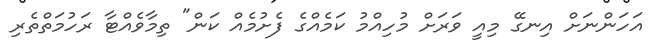
އަހަންނަށް އިނގޭ މިއީ ވަރަށް މުހިއްމު ކަމެއްގެ ފެށުމެއް ކަން" ތިމާވެއްޓާ ރަހުމަތްތެރި